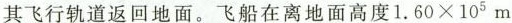
其飞行轨道返回地面。飞船在离地面高度$$1 . 6 0 × 10 ^ { 5 }$$m